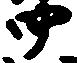
四